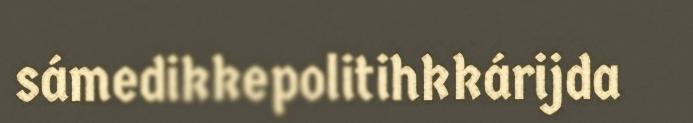
sámedikkepolitihkkárijda